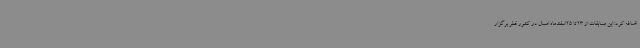
اضافه کرد: این مسابقات از 23 تا 25اسفندماه امسال در کشور قطر برگزار